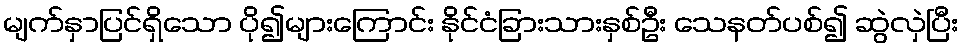
မျက်နှာပြင်ရှိသော ပို၍များကြောင်း နိုင်ငံခြားသားနှစ်ဦး သေနတ်ပစ်၍ ဆွဲလှဲပြီး